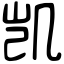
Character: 凯